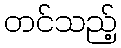
တင်သည့်